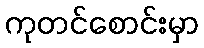
ကုတင်စောင်းမှာ